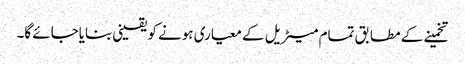
تخمینے کے مطابق تمام میٹریل کے معیاری ہونے کو یقینی بنایاجائے گا۔